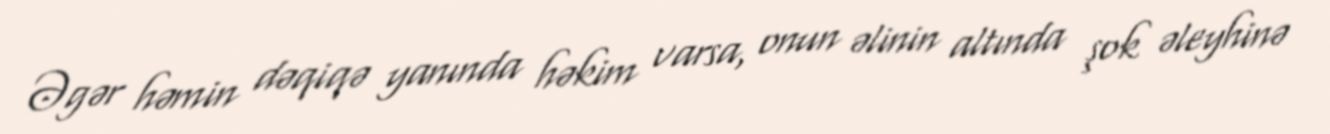
Əgər həmin dəqiqə yanında həkim varsa, onun əlinin altında şok əleyhinə